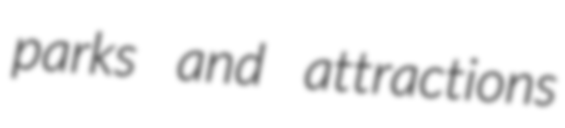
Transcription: parks and attractions